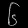
Digit: ၆